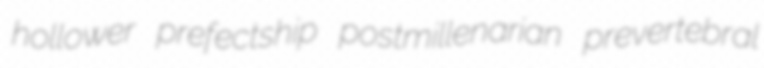
hollower prefectship postmillenarian prevertebral